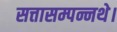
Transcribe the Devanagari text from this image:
सत्तासम्पन्नथे।